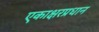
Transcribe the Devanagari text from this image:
एकाक्षरप्रधान